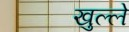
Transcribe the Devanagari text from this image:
खुल्ले